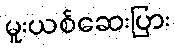
မူးယစ်ဆေးပြား